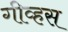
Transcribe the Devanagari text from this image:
गीव्हस